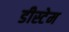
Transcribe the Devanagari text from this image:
डीस्टेम